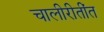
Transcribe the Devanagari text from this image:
चालीरीतींत